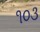
૧૦૩